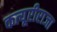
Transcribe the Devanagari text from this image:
कत्यूरीराजा